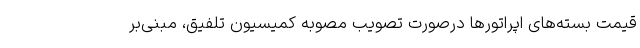
قیمت بسته‌های اپراتورها درصورت تصویب مصوبه کمیسیون تلفیق، مبنی‌بر